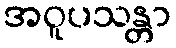
အဝူပသန္တာ